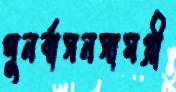
পুনর্বাসনসামগ্রী